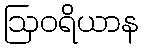
ဩဝရိယာန